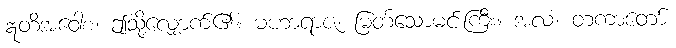
ဣတိအဝေါစ၊ ဤသို့လျှောက်၏။ မဟာရာဇ၊ မြတ်သောမင်းကြီး။ အလံ၊ တကာတော်